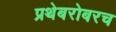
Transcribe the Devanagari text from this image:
प्रथेबरोबरच